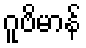
ဂူဗိမာန်